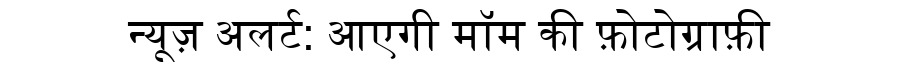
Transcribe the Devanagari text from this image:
न्यूज़ अलर्ट: आएगी मॉम की फ़ोटोग्राफ़ी